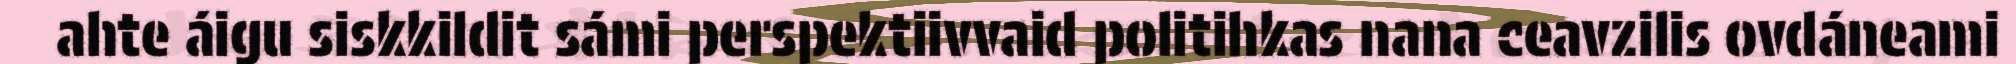
ahte áigu siskkildit sámi perspektiivvaid politihkas nana ceavzilis ovdáneami